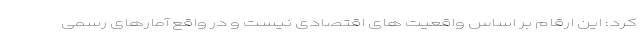
کرد: این ارقام بر اساس واقعیت های اقتصادی نیست و در واقع آمارهای رسمی